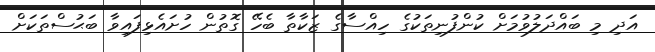
އަދި މި ބައްދަލުވުމަށް ކުންފުނިތަކުގެ ހިއްސާގެ ޒަކާތާ ބެހޭ ގޮތުން ހުށައެޅިފައިވާ ބަޙުސްތަކަށް